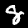
Digit: 8